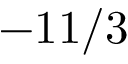
- 1 1 / 3